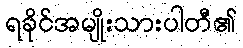
ရခိုင်အမျိုးသားပါတီ၏